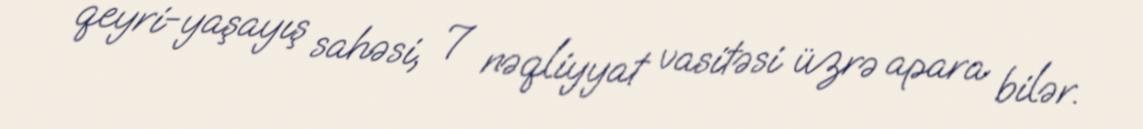
qeyri-yaşayış sahəsi, 7 nəqliyyat vasitəsi üzrə apara bilər.